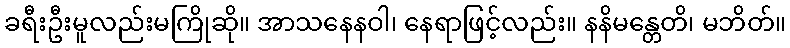
ခရီးဦးမူလည်းမကြိုဆို။ အာသနေနဝါ၊ နေရာဖြင့်လည်း။ နနိမန္တေတိ၊ မဘိတ်။